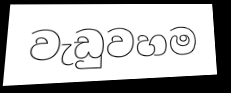
වැඩුවහම